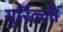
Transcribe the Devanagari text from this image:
गुर्रिल्लों